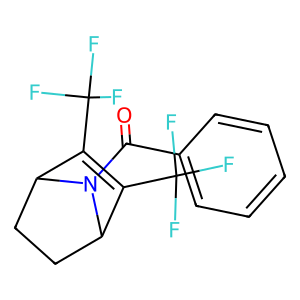
SMILES: O=C(c1ccccc1)N1C2CCC1C(C(F)(F)F)=C2C(F)(F)F
Inhibits HIV replication: No